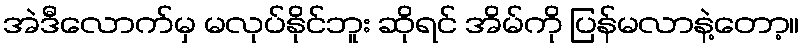
အဲဒီလောက်မှ မလုပ်နိုင်ဘူး ဆိုရင် အိမ်ကို ပြန်မလာနဲ့တော့။